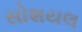
સોશયલ